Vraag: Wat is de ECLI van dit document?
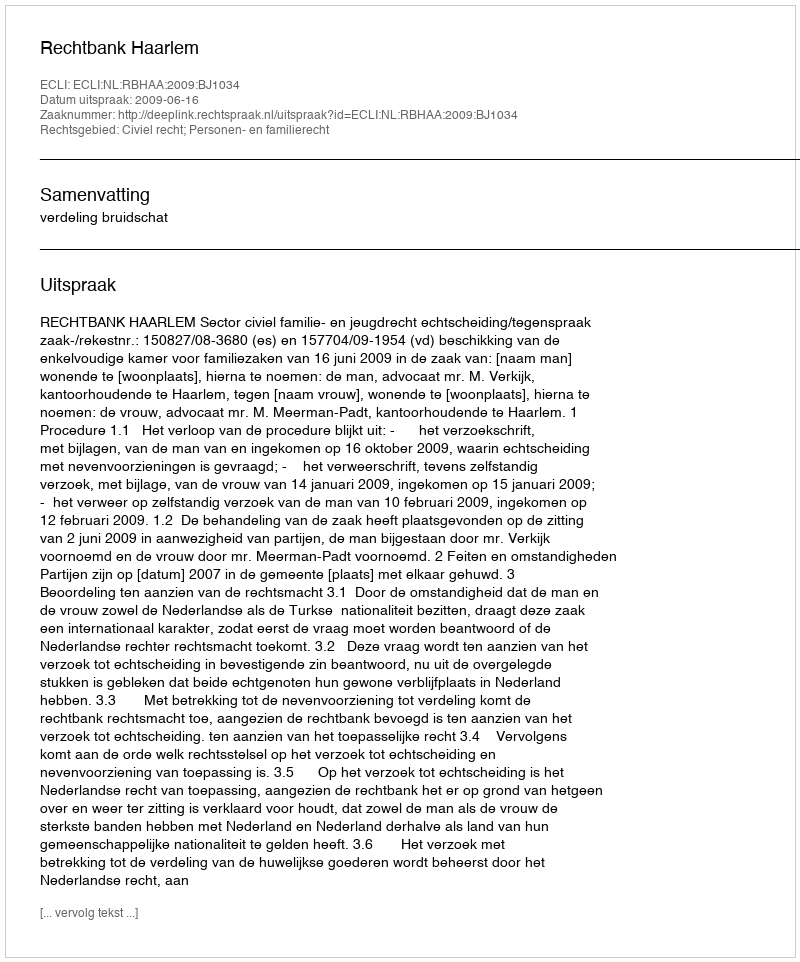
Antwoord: ECLI:NL:RBHAA:2009:BJ1034